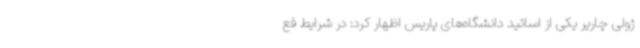
ژولی چاریر یکی از اساتید دانشگاه‌های پاریس اظهار کرد: در شرایط فع